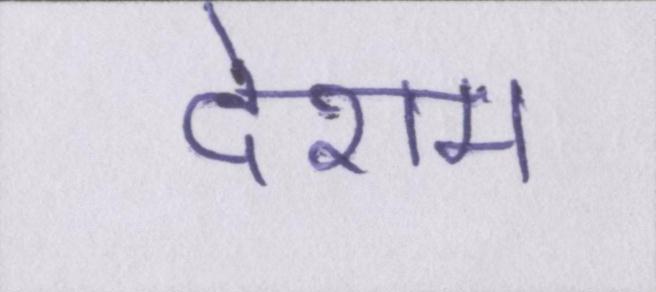
देशम